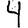
Digit: 4